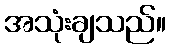
အသုံးချသည်။